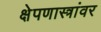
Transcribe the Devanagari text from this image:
क्षेपणास्त्रांवर